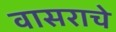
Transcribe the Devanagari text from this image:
वासराचे